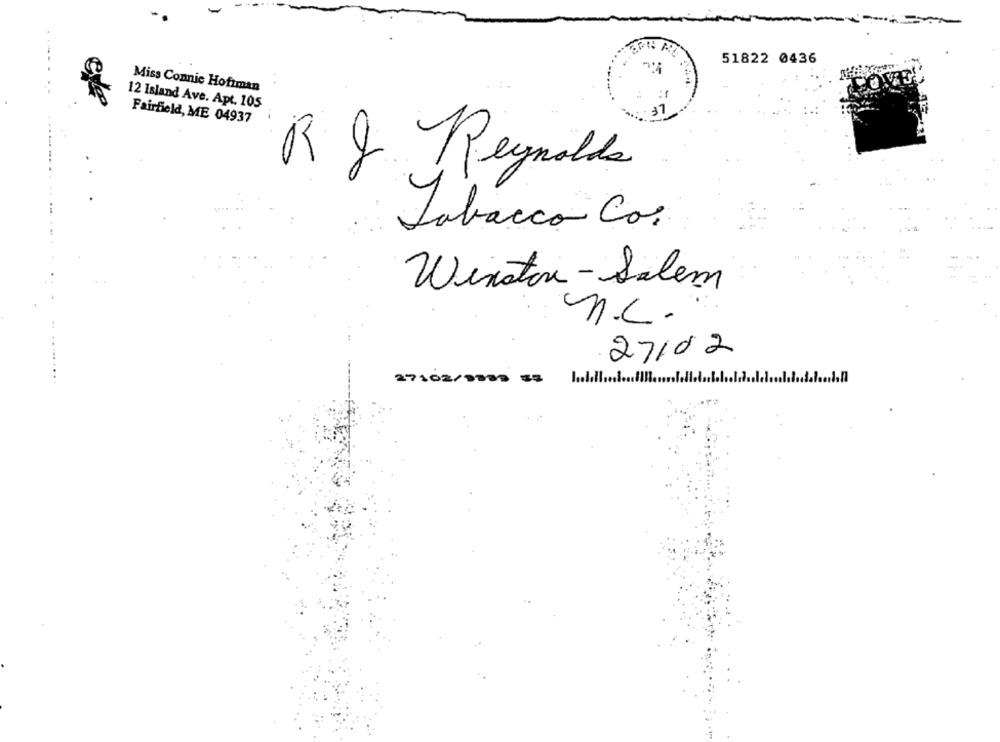
51822 0436
Miss Connic Hofiman
12 Island Ave. Apt. 105
Fairfield, ME 04937
R & Reynolds
Tabacco Co.
Winston -Salem
n.c.
27102
........
27102/5500 =5